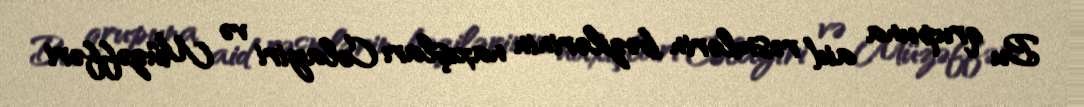
Bu qrupuna aid rəsmlərin bəzilərinin naxışları Cəlayiri və Müzəffəri